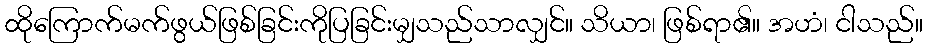
ထိုကြောက်မက်ဖွယ်ဖြစ်ခြင်းကိုပြခြင်းမျှသည်သာလျှင်။ သိယာ၊ ဖြစ်ရာ၏။ အဟံ၊ ငါသည်။